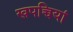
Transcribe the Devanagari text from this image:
खपच्चियां